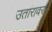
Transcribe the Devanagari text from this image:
उतारावरचे